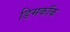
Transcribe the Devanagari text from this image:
डिमकॉक